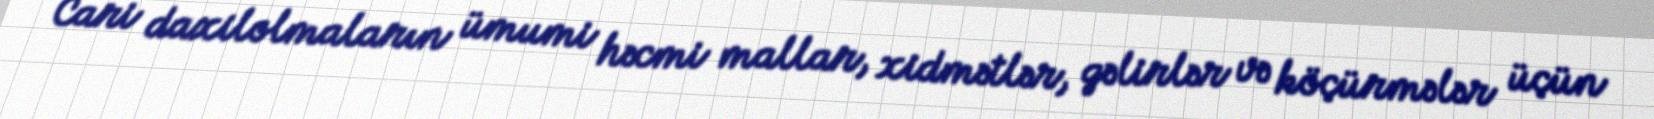
Cari daxilolmaların ümumi həcmi mallar, xidmətlər, gəlirlər və köçürmələr üçün